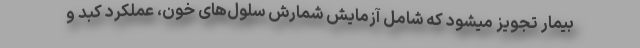
بیمار تجویز میشود که شامل آزمایش شمارش سلول‌های خون، عملکرد کبد و